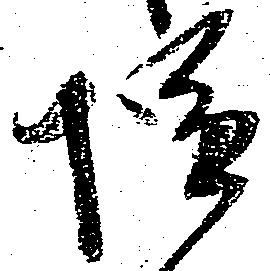
塩